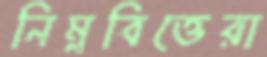
নিম্নবিত্তেরা